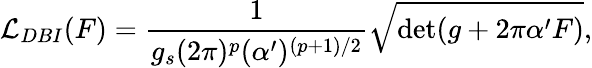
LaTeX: {\cal L}_{DBI}(F)=\frac{1}{g_{s}(2\pi)^{p}(\alpha^{\prime})^{(p+1)/2}}\sqrt{\operatorname*{det}(g+2\pi\alpha^{\prime}F)},